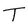
Character: T